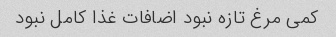
کمی مرغ تازه نبود اضافات غذا کامل نبود